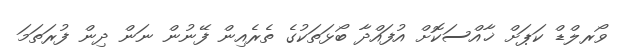
ވޯރލްޑް ކަޕަށް ޚާއްސަކޮށް އުފައްދާ ބޯޅަތަކުގެ ތެރެއިން ފޭނުން ނަން ދިން ފުރަތަމަ